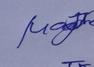
Signature authenticity: genuine